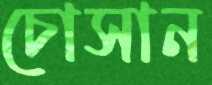
চোসান